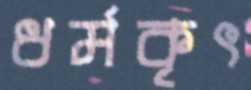
ধর্মকৃৎ